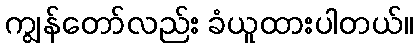
ကျွန်တော်လည်း ခံယူထားပါတယ်။